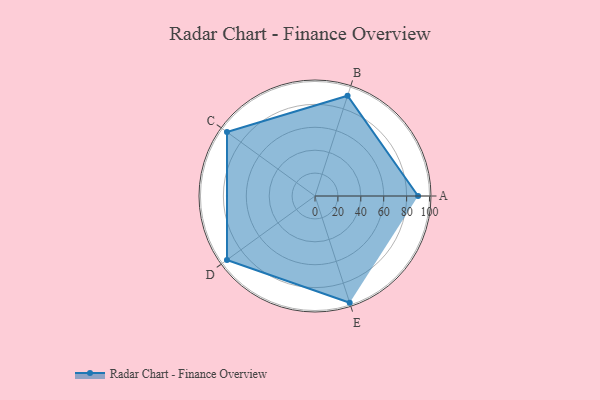
{"axis": {"x": "Skill", "y": "Score"}, "legend": ["Profile"], "data": [{"x": "A", "y": 90.0, "type": "Profile"}, {"x": "B", "y": 92.0, "type": "Profile"}, {"x": "C", "y": 95.0, "type": "Profile"}, {"x": "D", "y": 95.0, "type": "Profile"}, {"x": "E", "y": 98.0, "type": "Profile"}]}